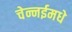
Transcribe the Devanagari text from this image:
चेन्नईमधे